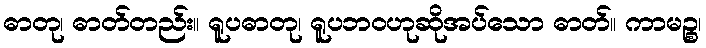
ဓာတု၊ ဓာတ်တည်း။ ရူပဓာတု၊ ရူပဘဝဟုဆိုအပ်သော ဓာတ်။ ကာမဉ္စ၊